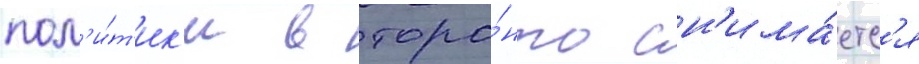
пол'и́т'ик'и в торо́нто сн'има́етс'я